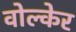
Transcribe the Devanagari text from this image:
वोल्केर